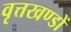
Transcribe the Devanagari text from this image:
वृत्तखण्डों